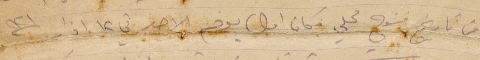
من تاريخ فتوح محلي فكان اول يوم الاحد في ١٢ آذار ١٩٢١